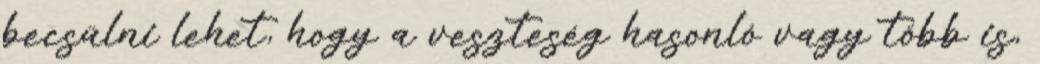
becsülni lehet, hogy a veszteség hasonló vagy több is,